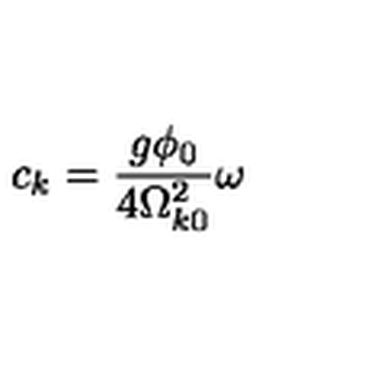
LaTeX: c _ { k } = \frac { g \phi _ { 0 } } { 4 \Omega _ { k 0 } ^ { 2 } } \omega